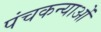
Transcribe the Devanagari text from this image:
पंचकन्याओं